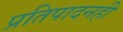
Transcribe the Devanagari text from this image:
प्रतिपादनही